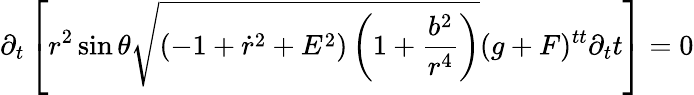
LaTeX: \partial_{t}\left[r^{2}\sin\theta\sqrt{(-1+\dot{r}^{2}+E^{2})\left(1+\frac{b^{2}}{r^{4}}\right)}(g+F)^{tt}\partial_{t}t\right]=0